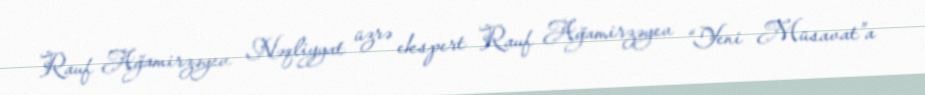
Rauf Ağamirzəyev Nəqliyyat üzrə ekspert Rauf Ağamirzəyev “Yeni Müsavat”a